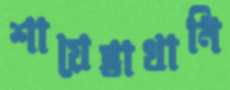
শায়েস্তাখানি